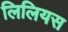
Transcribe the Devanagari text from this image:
लिलियस